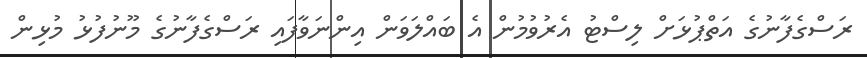
ރަސްގެފާނުގެ އަތްޕުޅަށް ލިސްޓު އެރުވުމުން އެ ބައްލަވަން އިންނަވާފައި ރަސްގެފާނުގެ މޫނުފުޅު މުޅިން